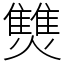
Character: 㸈